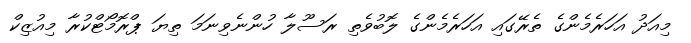
މިއަދު އަހަރެމެންގެ ތެރޭގައި އަހަރެމެންގެ ލޮބުވެތި ރަސޫލާ ހުންނެވިނަމަ ތިޔަ ޕްރޮމޯޓްކުރާ މިއުޒިކް